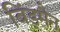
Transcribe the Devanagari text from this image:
बिंड्मैन